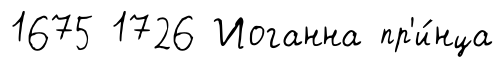
1675 1726 Иоганна пр'и́нца